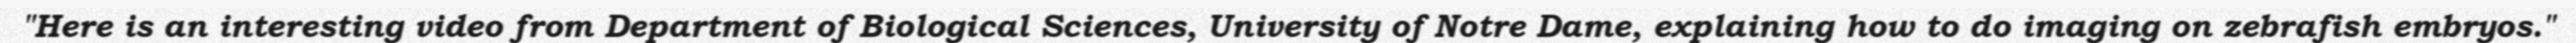
"Here is an interesting video from Department of Biological Sciences, University of Notre Dame, explaining how to do imaging on zebrafish embryos."